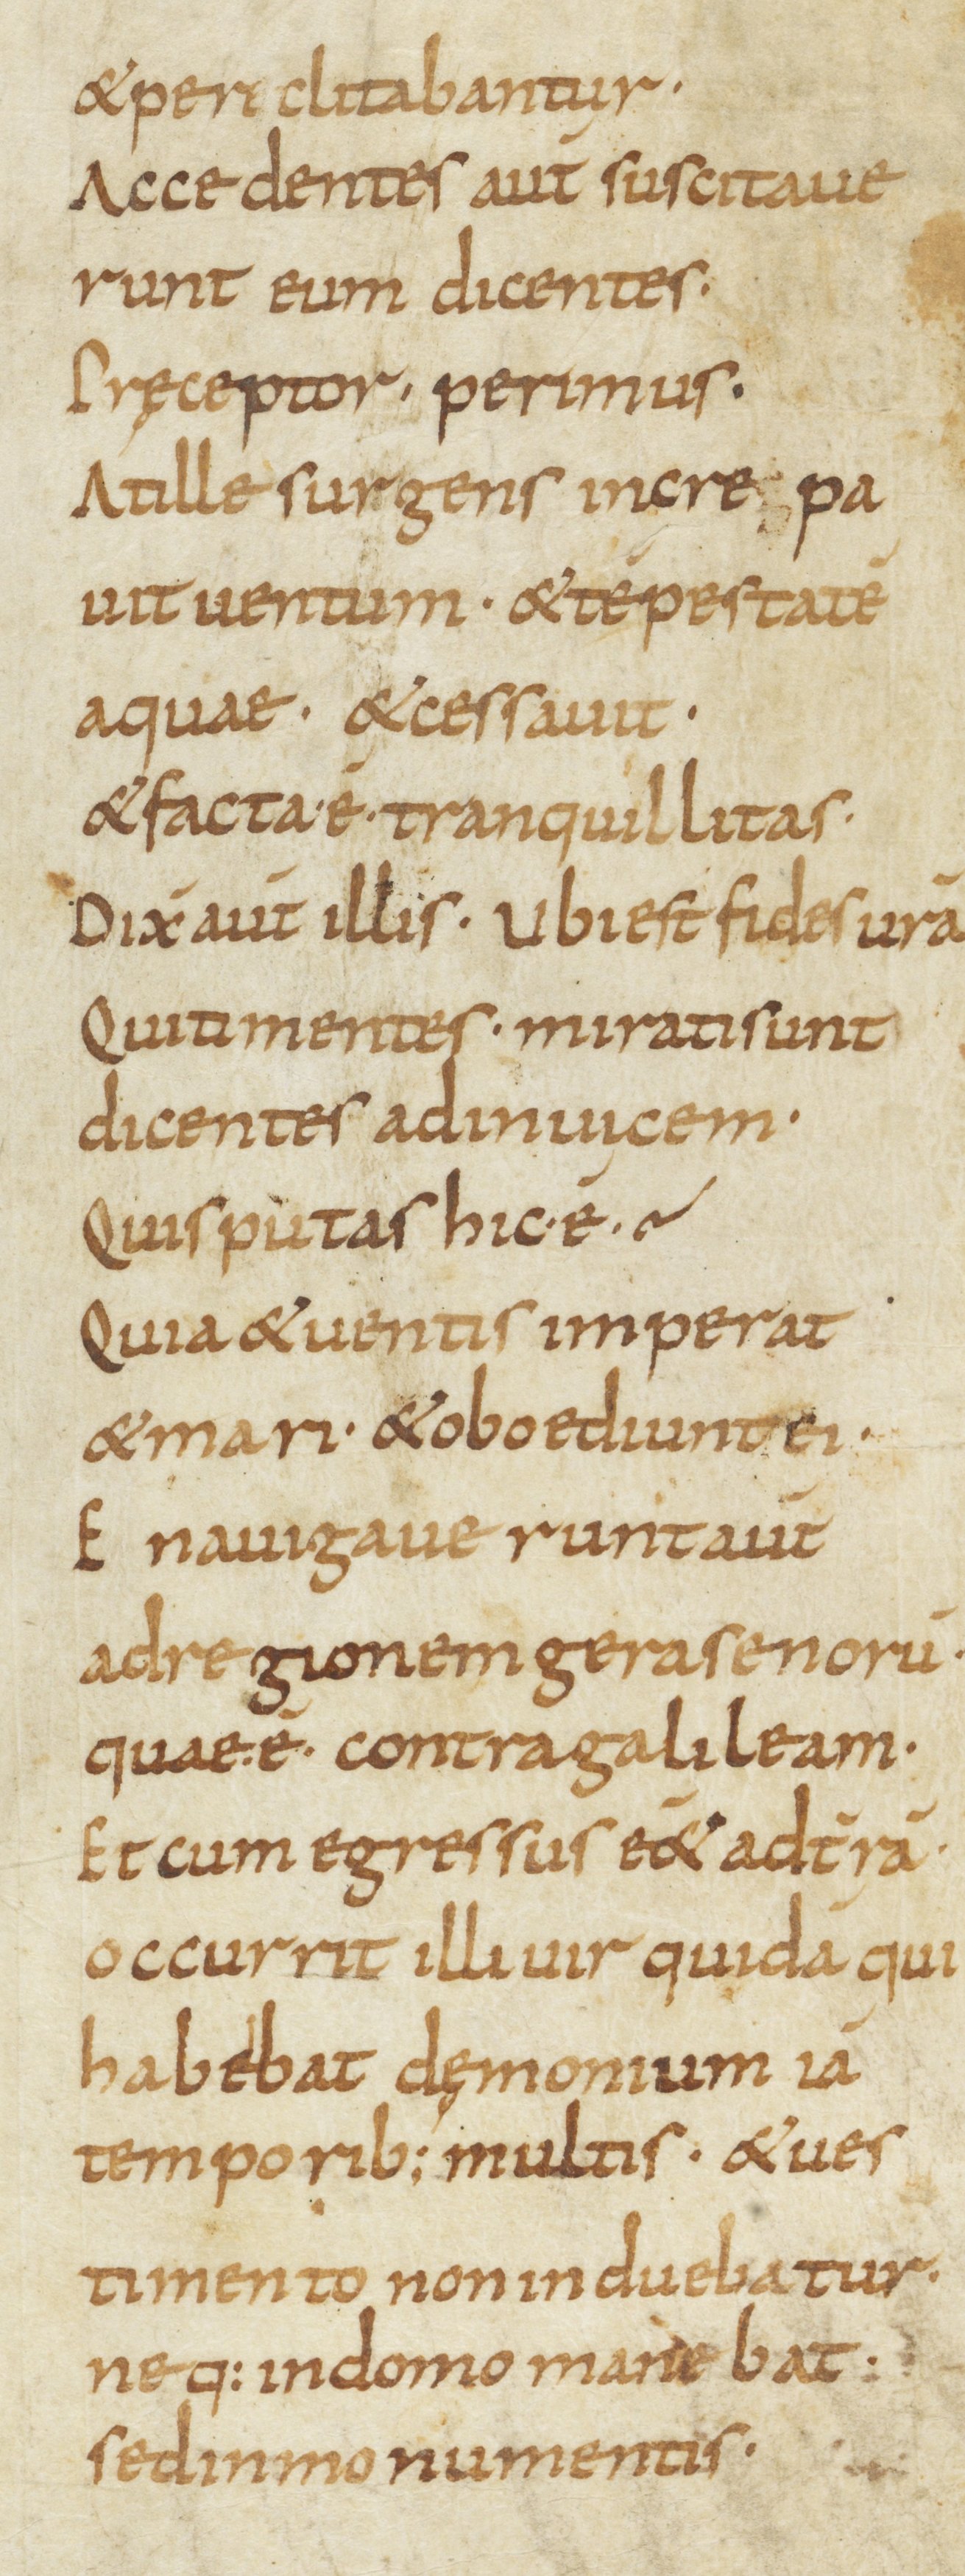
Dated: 800–899